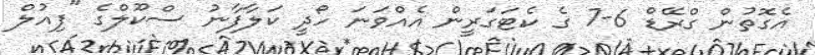
އެގޮތުން ގްރޭޑް 6-7 ގެ ކެޓަގަރީން އެއްވަނަ ހޯދީ ކަލާފާނު ސްކޫލްގެ "ފިއުލް